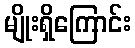
မျိုးရှိကြောင်း